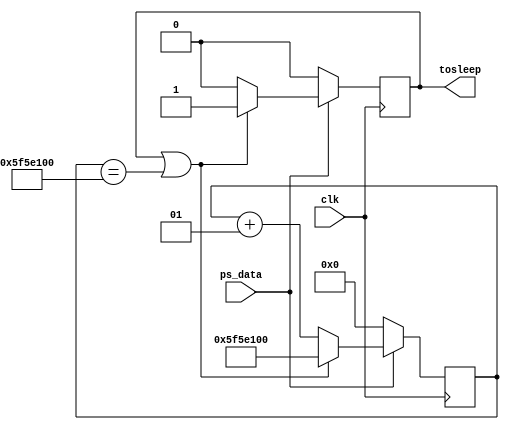
module sleep_or_not(clk, ps_data, tosleep);
   input clk, ps_data;
   output reg tosleep;
   
   parameter [31:0] lim = 100000000; // default 10000000
   integer cnt;
   
   initial begin
      cnt = 0;
      tosleep = 0;
   end
   
   always @ (posedge clk) begin
      if (ps_data == 0) begin
         cnt <= 0;
         tosleep <= 0;
      end else begin
         if (tosleep == 1 || cnt == lim) begin
            cnt <= lim;
            tosleep <= 1;
         end else begin
            cnt <= cnt + 1;
            tosleep <= 0;
         end
      end
   end
   
endmodule